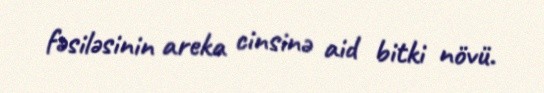
fəsiləsinin areka cinsinə aid bitki növü.